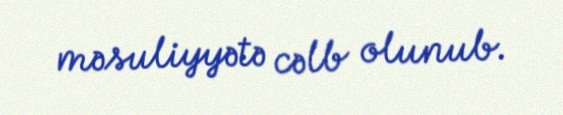
məsuliyyətə cəlb olunub.